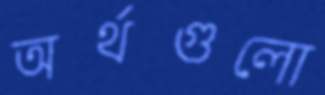
অর্থগুলো